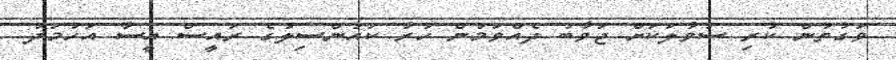
ވަގުތުން ކުރި ސުވާލަކަށް ޖަވާބު ދެއްވަމުން ހުރާ ކައުންސިލުގެ ރައީސް އީސާ އަހުމަދު